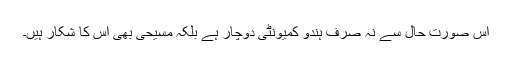
اس صورت حال سے نہ صرف ہندو کمیونٹی دوچار ہے بلکہ مسیحی بھی اس کا شکار ہیں۔